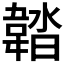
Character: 𩎽